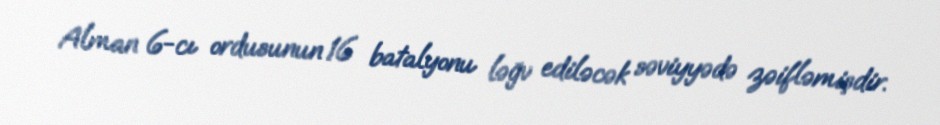
Alman 6-cı ordusunun 16 batalyonu ləğv ediləcək səviyyədə zəifləmişdir.